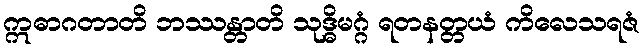
ဣဓာဂတာတိ ဘဿန္တာတိ သုဒ္ဓိမဂ္ဂံ ရတနတ္တယံ ကိလေသရဇံ